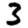
Digit: 3